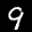
Label: 9